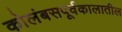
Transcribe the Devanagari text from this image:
कोलंबसपूर्वकालातील